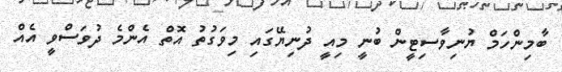
ބާމިންހަމް ޔުނިވާސިޓީން ބުނީ މިއީ ދުނިޔޭގައި މިވަގުތު އޮތް އެންމެ ދުވަސްވީ އެއް